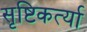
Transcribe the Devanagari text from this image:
सृष्टिकर्त्या